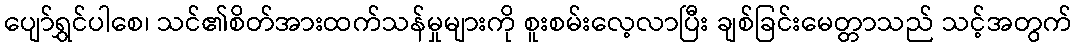
ပျော်ရွှင်ပါစေ၊ သင်၏စိတ်အားထက်သန်မှုများကို စူးစမ်းလေ့လာပြီး ချစ်ခြင်းမေတ္တာသည် သင့်အတွက်